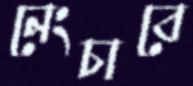
নেংচাবে